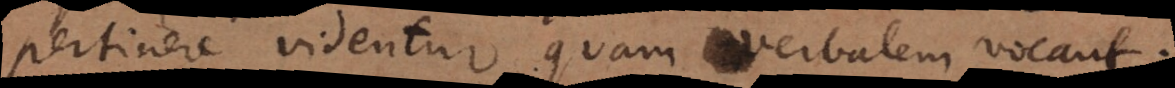
pertinere videntur quam verbalem vocant.